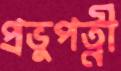
প্রভুপত্নী